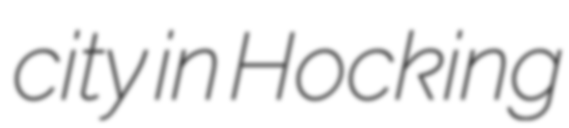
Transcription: city in Hocking